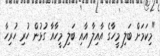
"މިކަމަށް ބަލި މީހާގެ އާއިލާ އާއި ބަލި މީހާއާ ގުޅުން ހުރި ހުރިހާ